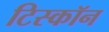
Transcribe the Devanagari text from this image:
टिस्कॉन